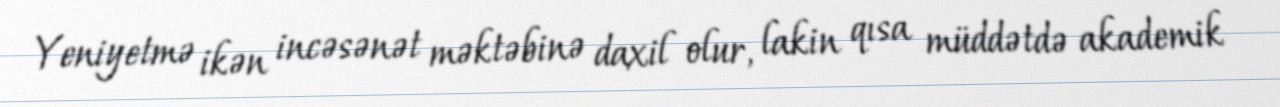
Yeniyetmə ikən incəsənət məktəbinə daxil olur, lakin qısa müddətdə akademik